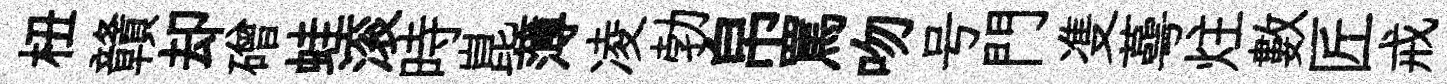
杻贛却磳蛙滚時崑薄凌勃帛罵吻号門㕠蕚炷數匠戒